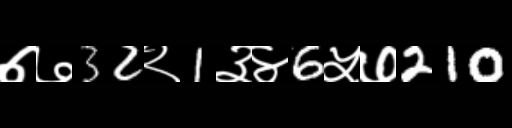
Text: ७७32२1३४6५७210